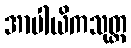
အာပါယိကသုတ္တ